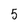
Character: 5